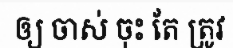
ឲ្យ ចាស់ ចុះ តែ ត្រូវ